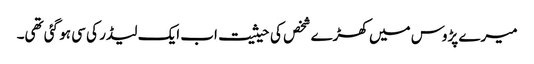
میرے پڑوس میں کھڑے شخص کی حیثیت اب ایک لیڈر کی سی ہو گئی تھی۔